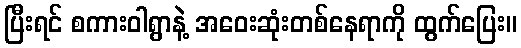
ပြီးရင် စကားဝါရွာနဲ့ အဝေးဆုံးတစ်နေရာကို ထွက်ပြေး။